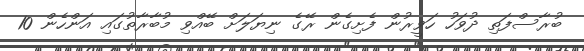
ބުރާސްފަތި ދުވަހު ހަވީރުން ފެށިގެން ރޭގެ ނިޔަލަށް ބޭއްވި މުބާރާތުގައި އަންހެން 10